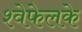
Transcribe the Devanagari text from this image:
श्वेफेलके